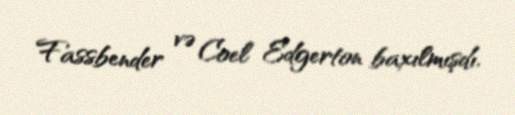
Fassbender və Coel Edgerton baxılmışdı.